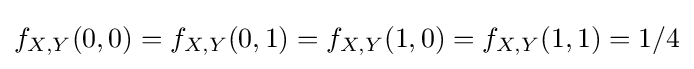
f_{X,Y}(0,0)=f_{X,Y}(0,1)=f_{X,Y}(1,0)=f_{X,Y}(1,1)=1/4